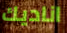
اناديك